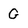
Character: G